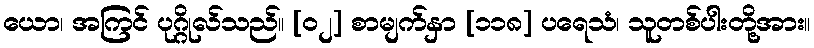
ယော၊ အကြင် ပုဂ္ဂိုလ်သည်။ [၀၂] စာမျက်နှာ [၁၁၈] ပရေသံ၊ သူတစ်ပါးတို့အား။